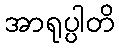
အာရုပ္ပါတိ